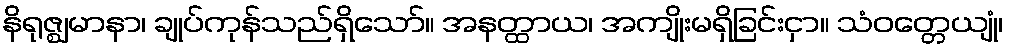
နိရုဇ္ဈမာနာ၊ ချုပ်ကုန်သည်ရှိသော်။ အနတ္ထာယ၊ အကျိုးမရှိခြင်းငှာ။ သံဝတ္တေယျုံ၊